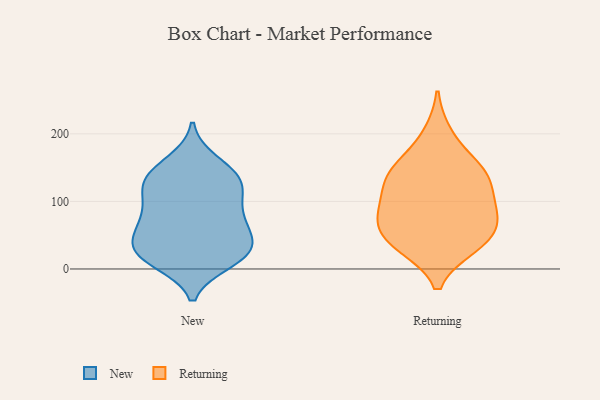
{"axis": {"x": "Production Output", "y": "Value"}, "legend": ["New", "Returning"], "data": [{"x": "", "y": 22, "type": "New"}, {"x": "", "y": 132, "type": "New"}, {"x": "", "y": 130, "type": "New"}, {"x": "", "y": 120, "type": "New"}, {"x": "", "y": 74, "type": "New"}, {"x": "", "y": 56, "type": "New"}, {"x": "", "y": 11, "type": "New"}, {"x": "", "y": 159, "type": "New"}, {"x": "", "y": 148, "type": "New"}, {"x": "", "y": 30, "type": "New"}, {"x": "", "y": 93, "type": "New"}, {"x": "", "y": 134, "type": "New"}, {"x": "", "y": 65, "type": "New"}, {"x": "", "y": 87, "type": "New"}, {"x": "", "y": 115, "type": "New"}, {"x": "", "y": 27, "type": "New"}, {"x": "", "y": 58, "type": "New"}, {"x": "", "y": 16, "type": "New"}, {"x": "", "y": 18, "type": "New"}, {"x": "", "y": 36, "type": "New"}, {"x": "", "y": 58, "type": "Returning"}, {"x": "", "y": 145, "type": "Returning"}, {"x": "", "y": 152, "type": "Returning"}, {"x": "", "y": 97, "type": "Returning"}, {"x": "", "y": 84, "type": "Returning"}, {"x": "", "y": 78, "type": "Returning"}, {"x": "", "y": 39, "type": "Returning"}, {"x": "", "y": 35, "type": "Returning"}, {"x": "", "y": 146, "type": "Returning"}, {"x": "", "y": 199, "type": "Returning"}, {"x": "", "y": 68, "type": "Returning"}, {"x": "", "y": 129, "type": "Returning"}, {"x": "", "y": 34, "type": "Returning"}, {"x": "", "y": 117, "type": "Returning"}]}